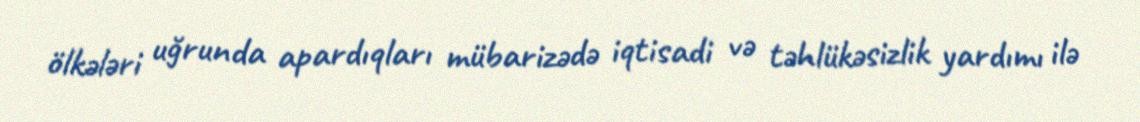
ölkələri uğrunda apardıqları mübarizədə iqtisadi və təhlükəsizlik yardımı ilə